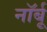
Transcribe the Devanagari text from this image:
नॉर्बू